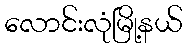
လောင်းလုံမြို့နယ်